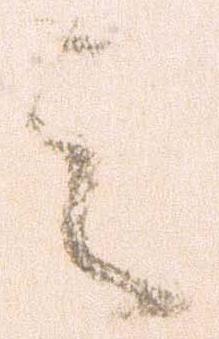
之